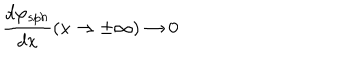
LaTeX: \frac { d \varphi _ { s p h } } { d x } ( x \rightarrow \pm \infty ) \rightarrow 0